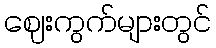
ဈေးကွက်များတွင်